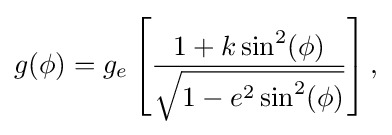
g(\phi )=g_{e}\left[{\frac {1+k\sin ^{2}(\phi )}{\sqrt {1-e^{2}\sin ^{2}(\phi )}}}\right],\,\!